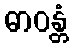
ဓာဝန္တံ